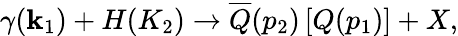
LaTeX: \gamma(\mathbf{k}_{1})+H(K_{2})\rightarrow\overline{{{{Q}}}}(p_{2})\left[Q(p_{1})\right]+X,